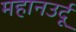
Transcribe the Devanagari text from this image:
महानउर्दू